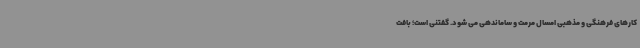
کارهای فرهنگی و مذهبی امسال مرمت و ساماندهی می شود. گفتنی است؛ بافت